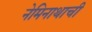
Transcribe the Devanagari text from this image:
नेमिनाथाची